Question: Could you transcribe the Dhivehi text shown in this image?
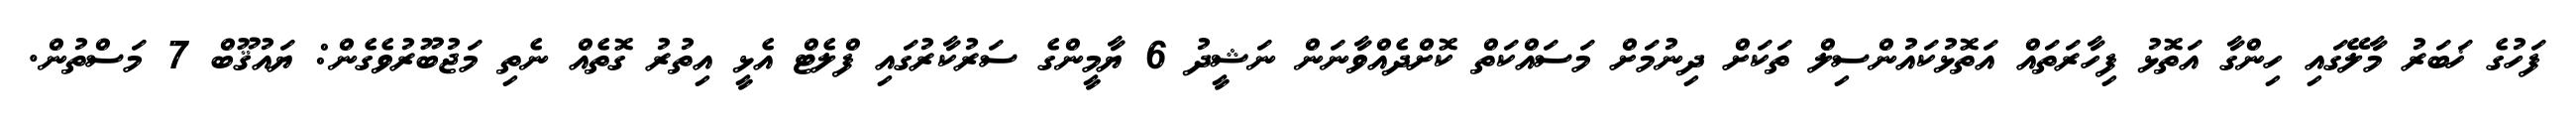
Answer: ފަހުގެ ޚަބަރު މާލޭގައި ހިންގާ އަތޮޅު ފިހާރަތައް އަތޮޅުކައުންސިލް ތަކަށް ދިނުމަށް މަސައްކަތް ކޮށްދެއްވާނަން ނަޝީދު 6 ޔާމީންގެ ސަރުކާރުގައި ފްލެޓް އެޅީ އިތުރު ގޮތެއް ނެތި މަޖުބޫރުވެގެން: ޔައުޤޫބް 7 މަސްތުން.